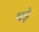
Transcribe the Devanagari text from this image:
थड़े